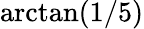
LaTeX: \arctan(1/5)